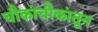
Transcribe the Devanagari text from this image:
चौकांचौकांतून